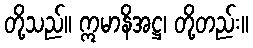
တို့သည်။ ဣမာနိအဋ္ဌ၊ တို့တည်း။